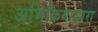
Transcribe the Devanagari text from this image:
अभिक्रियाद्वारा